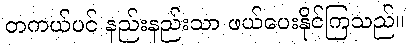
တကယ်ပင် နည်းနည်းသာ ဖယ်ပေးနိုင်ကြသည်။